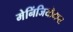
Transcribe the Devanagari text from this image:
मेनिंजियोमास